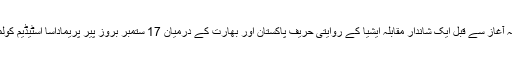
ٹورنامنٹ کے باضابطہ آغاز سے قبل ایک شاندار مقابلہ ایشیا کے روایتی حریف پاکستان اور بھارت کے درمیان 17 ستمبر بروز پیر پریماداسا اسٹیڈیم کولمبو میں کھیلا جائے گا۔